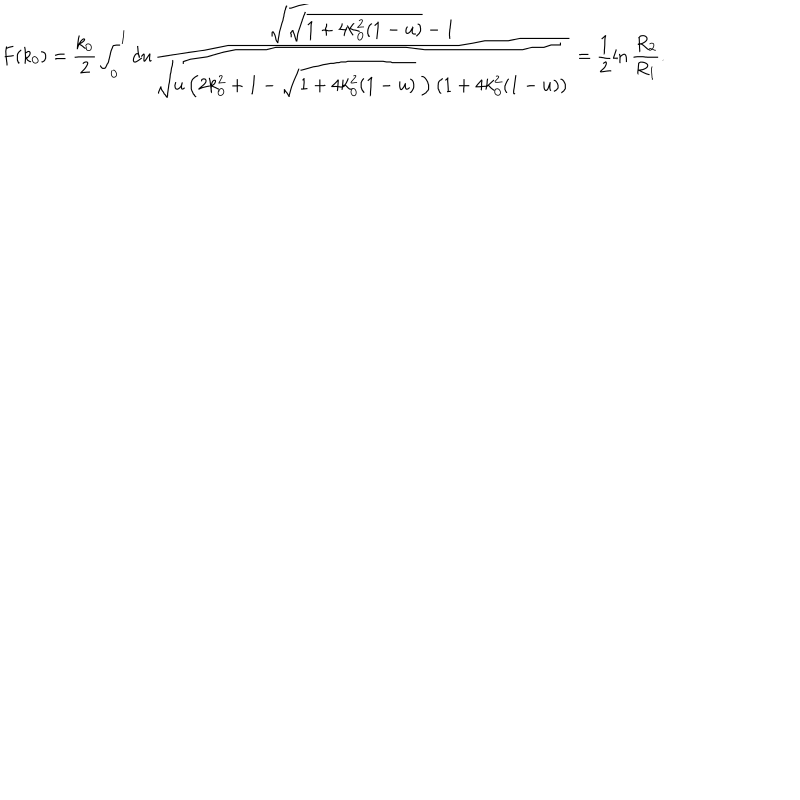
LaTeX: F ( k _ { 0 } ) = \frac { k _ { 0 } } { 2 } \int _ { 0 } ^ { 1 } d u \frac { \sqrt { \sqrt { 1 + 4 k _ { 0 } ^ { 2 } ( 1 - u ) } - 1 } } { \sqrt { u \left( 2 k _ { 0 } ^ { 2 } + 1 - \sqrt { 1 + 4 k _ { 0 } ^ { 2 } ( 1 - u ) } ~ \right) \left( 1 + 4 k _ { 0 } ^ { 2 } ( 1 - u ) \right) } } = \frac { 1 } { 2 } \ln \frac { R _ { 2 } } { R _ { 1 } } .